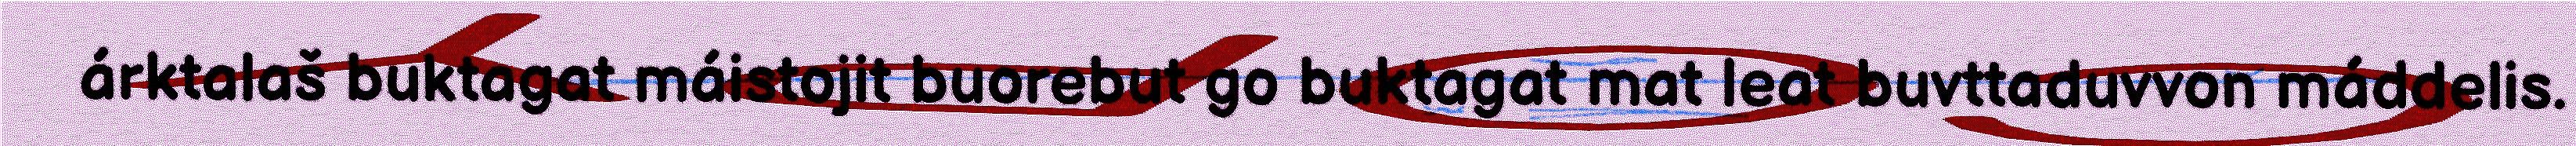
árktalaš buktagat máistojit buorebut go buktagat mat leat buvttaduvvon máddelis.